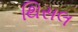
થિસલ